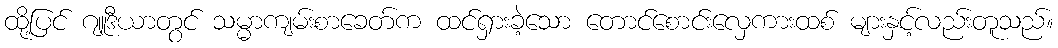
ထို့ပြင် ဂျူဒီယာတွင် သမ္မာကျမ်းစာခေတ်က ထင်ရှားခဲ့သော တောင်စောင်းလှေကားထစ် များနှင့်လည်းတူသည်။